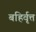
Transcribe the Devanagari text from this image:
बहिर्वृत्त